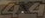
4X4